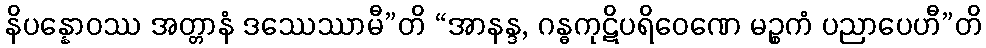
နိပန္နောဝဿ အတ္တာနံ ဒဿေဿာမီ”တိ “အာနန္ဒ, ဂန္ဓကုဋိပရိဝေဏေ မဉ္စကံ ပညာပေဟီ”တိ